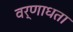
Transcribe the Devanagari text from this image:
वर्णाधता